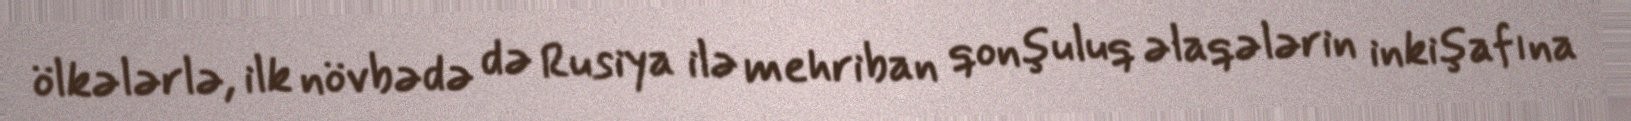
ölkələrlə, ilk növbədə də Rusiya ilə mehriban qonşuluq əlaqələrin inkişafına